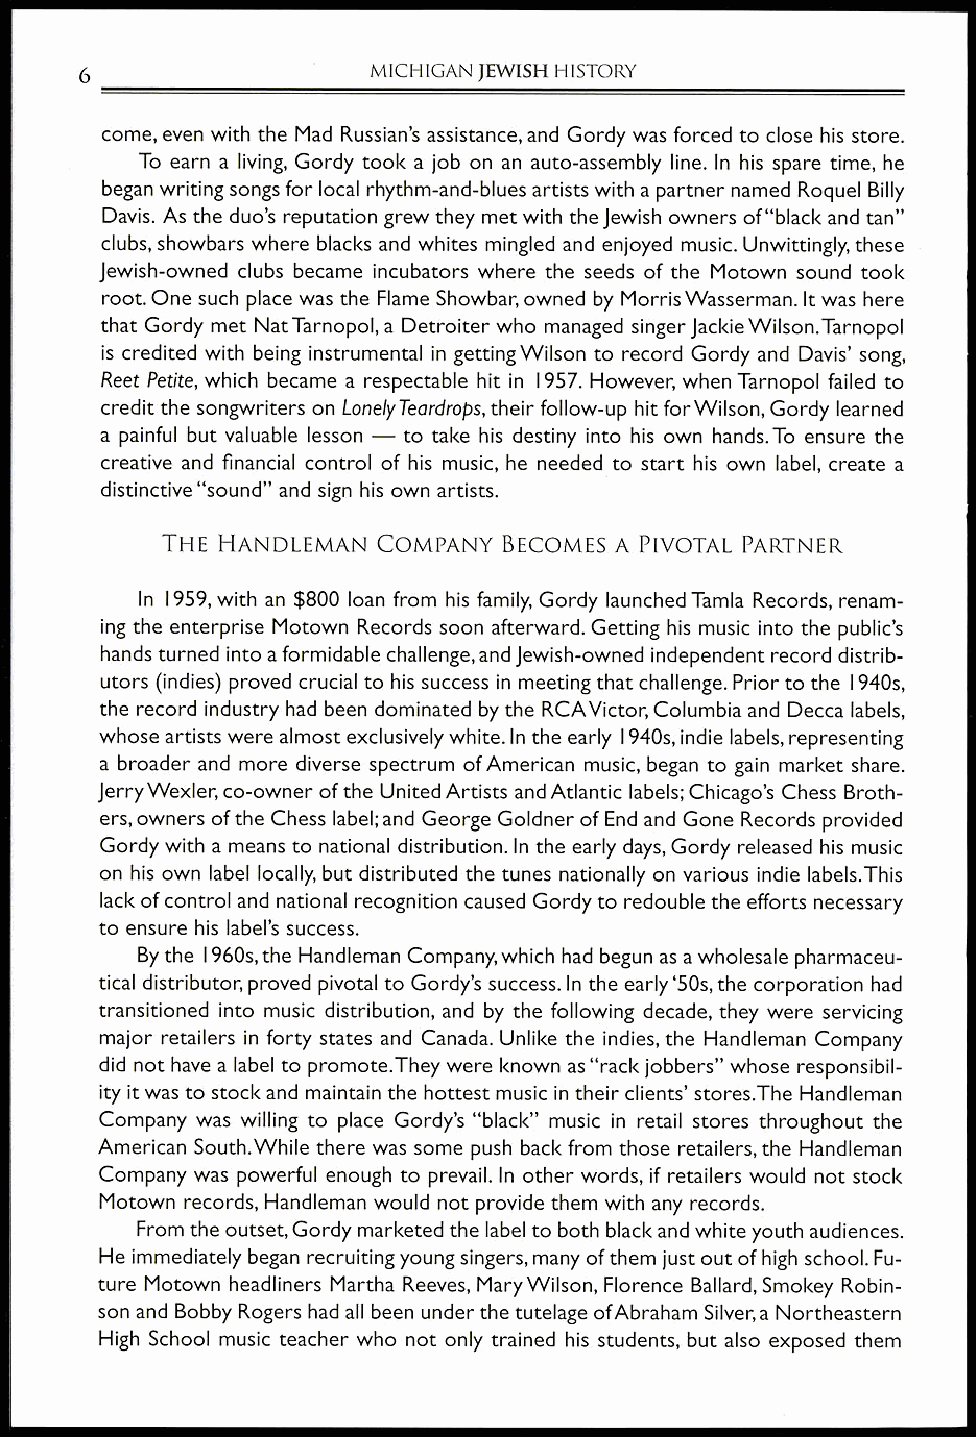
6                  MICHIGAN JEWISH HISTORY
 come, even with the Mad Russian's assistance, and Gordy was forced to close his store.
 To earn a living, Gordy took a job on an auto-assembly line. In his spare time, he
 began writing songs for local rhythm-and-blues artists with a partner named Roquel Billy
 Davis. As the duo's reputation grew they met with the Jewish owners of "black and tan"
 clubs, showbars where blacks and whites mingled and enjoyed music. Unwittingly, these
 Jewish-owned clubs became incubators where the seeds of the Motown sound took
 root. One such place was the Flame Showbar, owned by Morris Wasserman. It was here
 that Gordy met Nat Tarnopol, a Detroiter who managed singer Jackie Wilson.Tarnopol
 is credited with being instrumental in getting Wilson to record Gordy and Davis' song,
 Rea Petite, which became a respectable hit in 1957. However, when Tarnopol failed to
 credit the songwriters on Lonely Teardrops, their follow-up hit for Wilson, Gordy learned
 a painful but valuable lesson — to take his destiny into his own hands. To ensure the
 creative and financial control of his music, he needed to start his own label, create a
 distinctive "sound" and sign his own artists.
 THE HANDLEMAN COMPANY BECOMES A PIVOTAL PARTNER
 In 1959, with an $800 loan from his family, Gordy launched Tamla Records, renam-
 ing the enterprise Motown Records soon afterward. Getting his music into the public's
 hands turned into a formidable challenge, and Jewish-owned independent record distrib-
 utors (indies) proved crucial to his success in meeting that challenge. Prior to the 1940s,
 the record industry had been dominated by the RCAVictor, Columbia and Decca labels,
 whose artists were almost exclusively white. In the early 1940s, indie labels, representing
 a broader and more diverse spectrum of American music, began to gain market share.
 Jerry Wexler, co-owner of the United Artists and Atlantic labels; Chicago's Chess Broth-
 ers, owners of the Chess label; and George Goldner of End and Gone Records provided
 Gordy with a means to national distribution. In the early days, Gordy released his music
 on his own label locally, but distributed the tunes nationally on various indie labels.This
 lack of control and national recognition caused Gordy to redouble the efforts necessary
 to ensure his label's success.
 By the 1960s, the Handleman Company, which had begun as a wholesale pharmaceu-
 tical distributor, proved pivotal to Gordy's success. In the early `50s, the corporation had
 transitioned into music distribution, and by the following decade, they were servicing
 major retailers in forty states and Canada. Unlike the indies, the Handleman Company
 did not have a label to promote.They were known as "rack jobbers" whose responsibil-
 ity it was to stock and maintain the hottest music in their clients' stores.The Handleman
 Company was willing to place Gordy's "black" music in retail stores throughout the
 American South.While there was some push back from those retailers, the Handleman
 Company was powerful enough to prevail. In other words, if retailers would not stock
 Motown records, Handleman would not provide them with any records.
 From the outset, Gordy marketed the label to both black and white youth audiences.
 He immediately began recruiting young singers, many of them just out of high school. Fu-
 ture Motown headliners Martha Reeves, Mary Wilson, Florence Ballard, Smokey Robin-
 son and Bobby Rogers had all been under the tutelage of Abraham Silver, a Northeastern
 High School music teacher who not only trained his students, but also exposed them